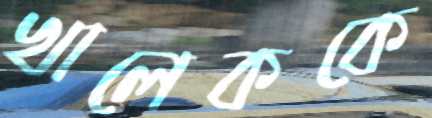
খালেককে